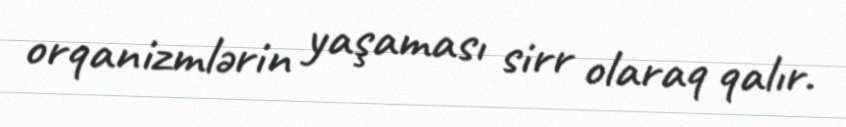
orqanizmlərin yaşaması sirr olaraq qalır.